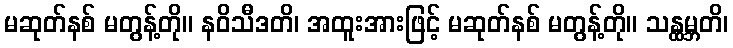
မဆုတ်နစ် မတွန့်တို။ နဝိသီဒတိ၊ အထူးအားဖြင့် မဆုတ်နစ် မတွန့်တို။ သန္ထမ္ဘတိ၊